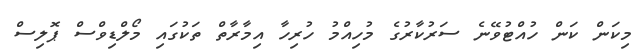
މިކަން ކަން ހުއްޓުވޭނެ ސަރުކާރުގެ މުހިއްމު ހުރިހާ އިމާރާތް ތަކުގައި މޯލްޑިވްސް ޕޮލިސް